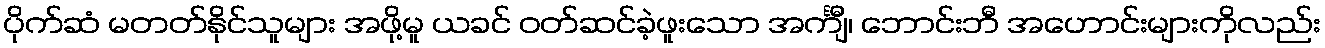
ပိုက်ဆံ မတတ်နိုင်သူများ အဖို့မူ ယခင် ဝတ်ဆင်ခဲ့ဖူးသော အင်္ကျီ၊ ဘောင်းဘီ အဟောင်းများကိုလည်း